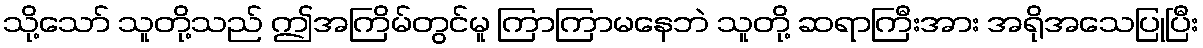
သို့သော် သူတို့သည် ဤအကြိမ်တွင်မူ ကြာကြာမနေဘဲ သူတို့ ဆရာကြီးအား အရိုအသေပြုပြီး